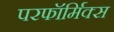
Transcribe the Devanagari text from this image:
परफॉर्मिक्स